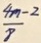
\frac { 4 m - 2 } { 8 }